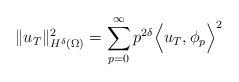
LaTeX: \begin{align*}\|{ u}_T\|_{H^\delta(\Omega)}^2= \sum_{p=0}^\infty p^{2\delta} \Big< { u}_T, \phi_p\Big>^2\end{align*}